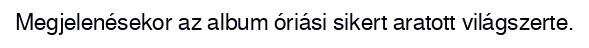
Megjelenésekor az album óriási sikert aratott világszerte.